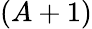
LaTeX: (A+1)